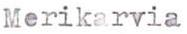
Merikarvia